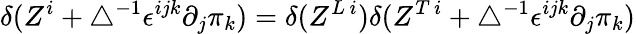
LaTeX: \delta(Z^{i}+\bigtriangleup^{-1}\epsilon^{ijk}\partial_{j}\pi_{k})=\delta(Z^{L\, i})\delta(Z^{T\, i}+\bigtriangleup^{-1}\epsilon^{ijk}\partial_{j}\pi_{k})